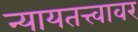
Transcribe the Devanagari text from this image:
न्यायतत्त्वावर